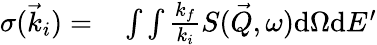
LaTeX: \begin{array}{rl}{{\sigma}(\vec{k}_{i})=}&{{}\int\int\frac{k_{f}}{k_{i}}S(\vec{Q},\omega)\mathrm{d}\Omega\mathrm{d}E^{\prime}}\end{array}